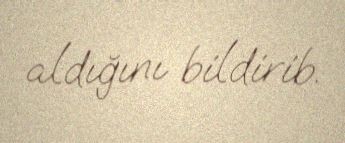
aldığını bildirib.